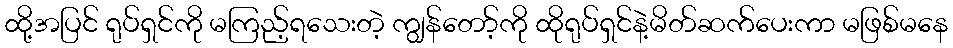
ထို့အပြင် ရုပ်ရှင်ကို မကြည့်ရသေးတဲ့ ကျွန်တော့်ကို ထိုရုပ်ရှင်နဲ့မိတ်ဆက်ပေးကာ မဖြစ်မနေ